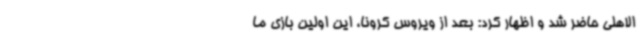
الاهلی حاضر شد و اظهار کرد: بعد از ویروس کرونا، این اولین بازی ما